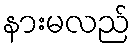
နားမလည်